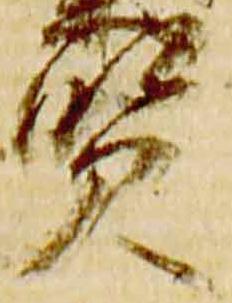
賢